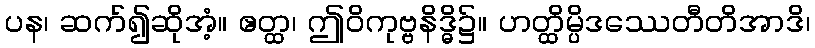
ပန၊ ဆက်၍ဆိုအံ့။ ဧတ္ထ၊ ဤဝိကုဗ္ဗနိဒ္ဓိ၌။ ဟတ္ထိမ္ပိဒဿေတီတိအာဒိ၊